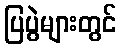
ပြပွဲများတွင်